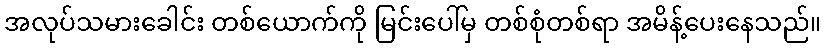
အလုပ်သမားခေါင်း တစ်ယောက်ကို မြင်းပေါ်မှ တစ်စုံတစ်ရာ အမိန့်ပေးနေသည်။